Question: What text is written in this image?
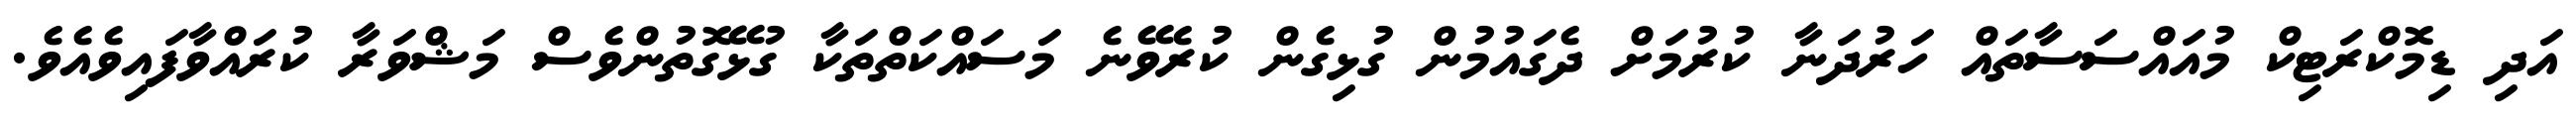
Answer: އަދި ޑިމޮކްރަޓިކް މުއައްސަސާތައް ހަރުދަނާ ކުރުމަށް ދެގައުމުން ގުޅިގެން ކުރެވޭނެ މަސައްކަތްތަކާ ގުޅޭގޮތުންވެސް މަޝްވަރާ ކުރައްވާފައިވެއެވެ.